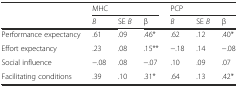
|  | <COLSPAN=3> MHC | <COLSPAN=3> PCP |
 |  | B | SE B | β | B | SE B | β |
 | --- | --- | --- | --- | --- | --- | --- |
 | Performance expectancy | .61 | .09 | .46* | .62 | .12 | .40* |
 | Effort expectancy | .23 | .08 | .15** | −.18 | .14 | −.08 |
 | Social influence | −.08 | .08 | −.07 | .10 | .09 | .07 |
 | Facilitating conditions | .39 | .10 | .31* | .64 | .13 | .42* |